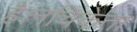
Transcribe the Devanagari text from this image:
हैं।नचिकेता